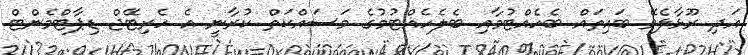
އަދި ރޫޅާލެވޭ ބައިތައް ބެހެއްޓުމާއި ބެލެހެއްޓުމުގެ މަސައްކަތް ކުރާނީ އެ ހެރިޓޭޖް ޑިޕާޓްމެންޓް